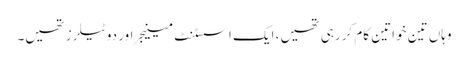
وہاں تین خواتین کام کررہی تھیں، ایک اسسٹنٹ مینیجر اور دو ٹیلرز تھیں۔